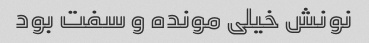
نونش خیلی مونده و سفت بود